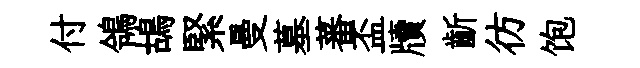
付鴒鴣緊曼墓蕃盃牘齗彷饱